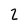
Character: 2